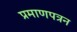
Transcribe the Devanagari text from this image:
प्रमाणपत्रन